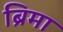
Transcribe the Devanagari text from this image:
ब्रिमा